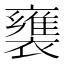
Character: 𲁅